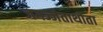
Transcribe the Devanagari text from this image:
जगज्जेताथोता